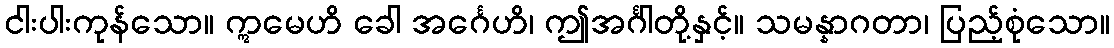
ငါးပါးကုန်သော။ ဣမေဟိ ခေါ အင်္ဂေဟိ၊ ဤအင်္ဂါတို့နှင့်။ သမန္နာဂတာ၊ ပြည့်စုံသော။